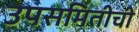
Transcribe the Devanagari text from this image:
उपसमितीची